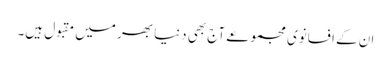
ان کے افسانوی مجموعے آج بھی دنیا بھر میں مقبول ہیں۔